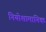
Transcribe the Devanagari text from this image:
नियोशामानिक